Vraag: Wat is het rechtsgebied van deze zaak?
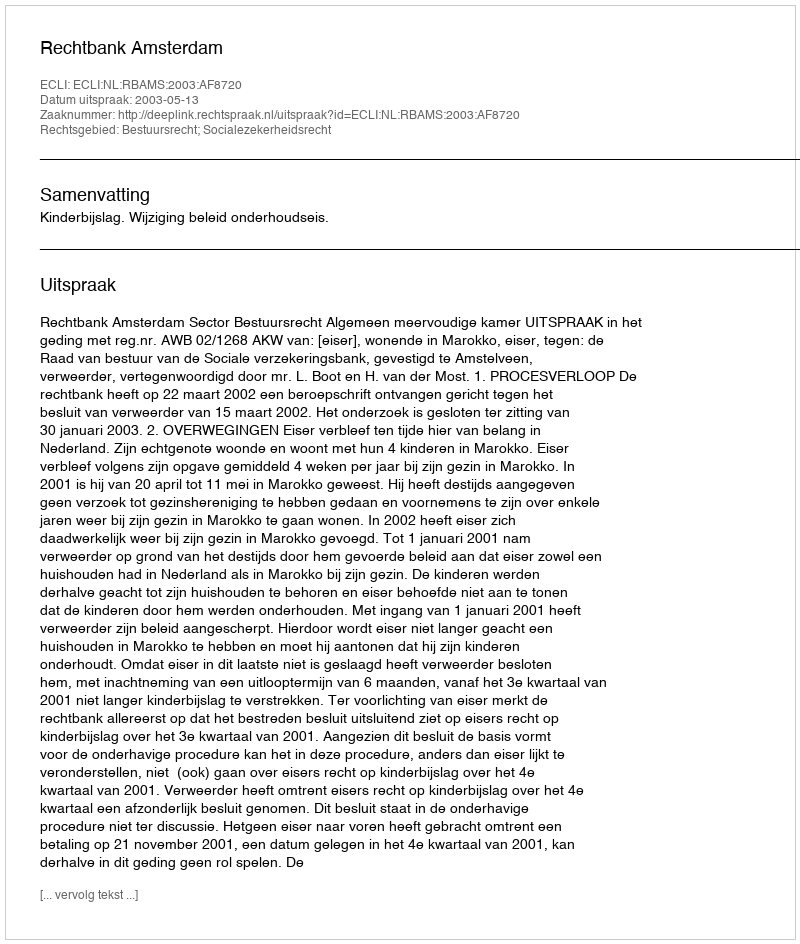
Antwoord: Bestuursrecht; Socialezekerheidsrecht